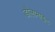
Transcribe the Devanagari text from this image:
डोलामाइट